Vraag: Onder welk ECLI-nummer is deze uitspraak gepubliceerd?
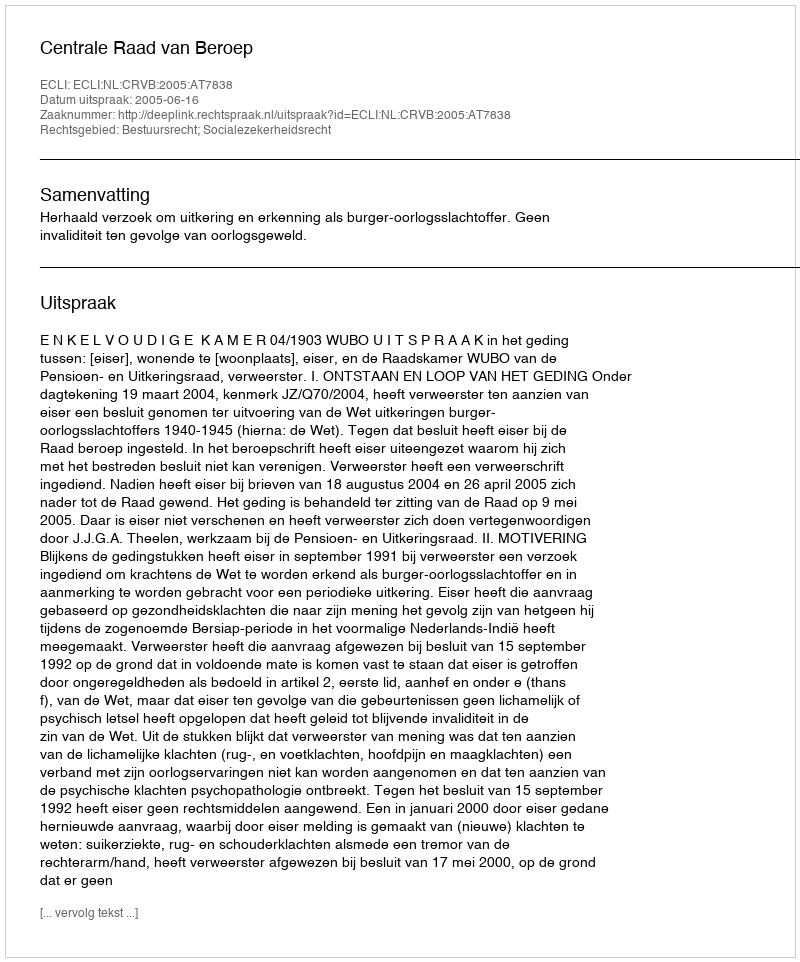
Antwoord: ECLI:NL:CRVB:2005:AT7838